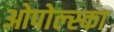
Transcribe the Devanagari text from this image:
ओपोल्स्का